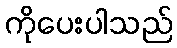
ကိုပေးပါသည်